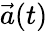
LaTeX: \vec{a}(t)